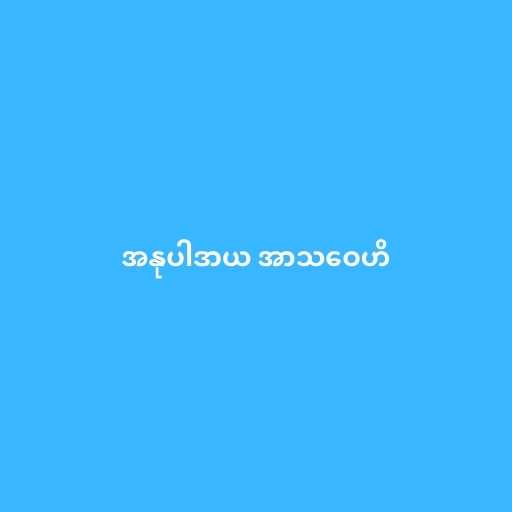
အနုပါဒာယ အာသဝေဟိ